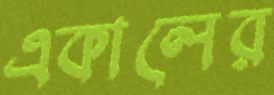
একালের